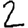
Digit: 2